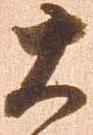
大